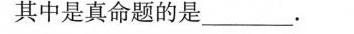
其中是真命题的是___。